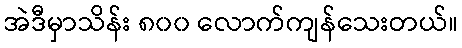
အဲဒီမှာသိန်း ၈၀၀ လောက်ကျန်သေးတယ်။